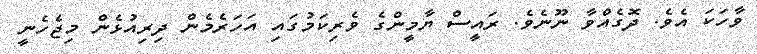
ވާހަކަ އެވެ. ދޮގެއްވާ ނޫނެވެ. ރައީސް ޔާމީންގެ ވެރިކަމުގައި އަހަރެމެން ދިރިއުޅެން މިޖެހެނީ